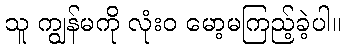
သူ ကျွန်မကို လုံးဝ မော့မကြည့်ခဲ့ပါ။